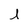
Character: l